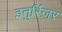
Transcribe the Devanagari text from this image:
इतुर्रिज़र